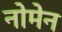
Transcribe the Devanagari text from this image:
नोमेन